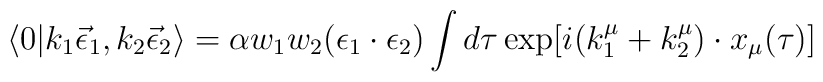
\langle 0|k_1\vec\epsilon_1,k_2\vec\epsilon_2\rangle =\alpha w_1w_2(\epsilon_1\cdot\epsilon_2)\int d\tau \exp[i(k_1^\mu+k_2^\mu)\cdot x_\mu(\tau)]